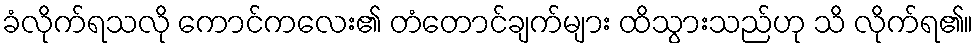
ခံလိုက်ရသလို ကောင်ကလေး၏ တံတောင်ချက်များ ထိသွားသည်ဟု သိ လိုက်ရ၏။